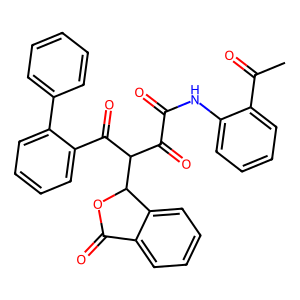
SMILES: CC(=O)c1ccccc1NC(=O)C(=O)C(C(=O)c1ccccc1-c1ccccc1)C1OC(=O)c2ccccc21
Inhibits HIV replication: No